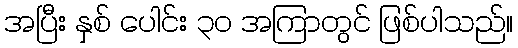
အပြီး နှစ် ပေါင်း ၃၀ အကြာတွင် ဖြစ်ပါသည်။